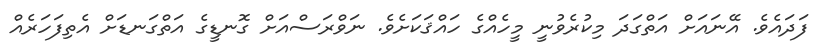
ފަދައެވެ. އޭނައަށް އަތްގަދަ މިކުރެވުނީ މީހެއްގެ ހައްޤަކަށެވެ. ނަވްރަސްއަށް ގޮނޑީގެ އަތްގަނޑަށް އެތިފަހަރެއް